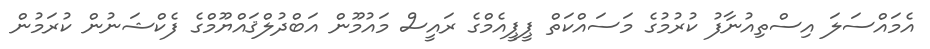
އެމައްސަލަ އިސްތިއުނާފު ކުރުމުގެ މަސައްކަތް ޕީޕީއެމްގެ ރައީސް މައުމޫން އަބްދުލްޤައްޔޫމްގެ ފެކްޝަނުން ކުރަމުން